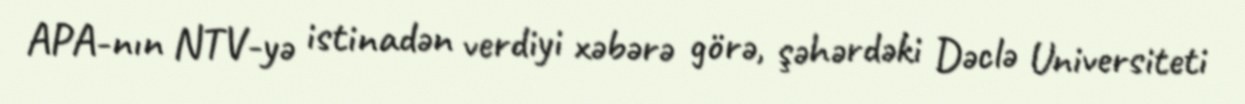
APA-nın NTV-yə istinadən verdiyi xəbərə görə, şəhərdəki Dəclə Universiteti